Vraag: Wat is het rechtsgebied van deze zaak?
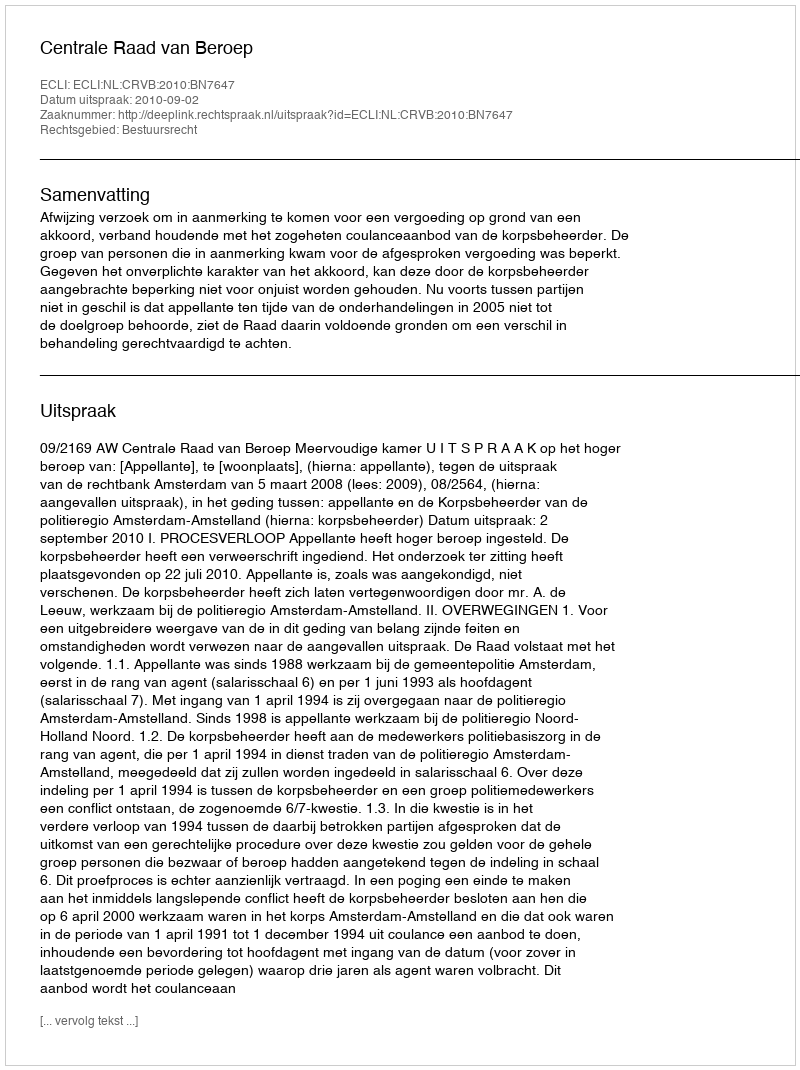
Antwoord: Bestuursrecht